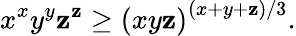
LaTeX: x^{x}y^{y}\mathbf{z}^{\mathbf{z}}\geq\left(xy\mathbf{z}\right)^{(x+y+\mathbf{z})/3}.